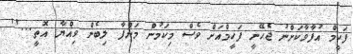
ފަހީމް އުފާވާކަށްނު ޖެހޭނީ ފަހީމްއަށް ވެސް މިކަމުން މަންފާ ލިބެން ވިއްޔާ އޮތީ...''